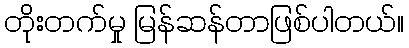
တိုးတက်မှု မြန်ဆန်တာဖြစ်ပါတယ်။